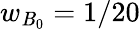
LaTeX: w_{\mathit{B}_{0}}=1/20